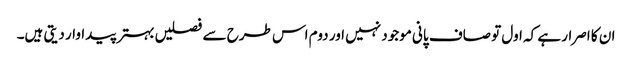
ان کا اصرار ہے کہ اول تو صاف پانی موجود نہیں اور دوم اس طرح سے فصلیں بہتر پیداوار دیتی ہیں۔